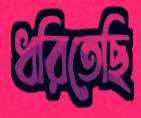
ধরিতেছি